Madras plague regulations in force outside the Presidency town - Volume 2
Disease focus: Plague
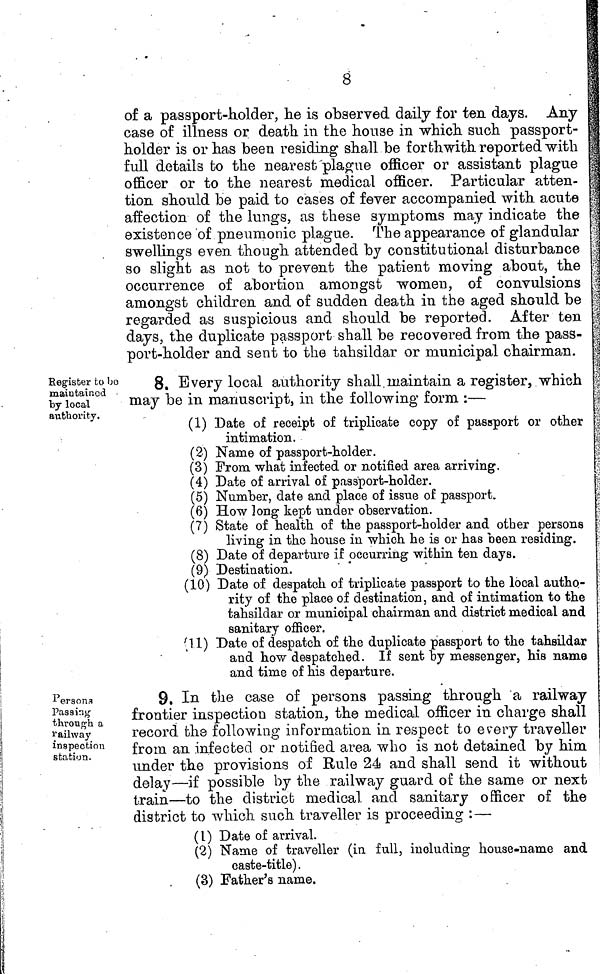
8
of a passport-holder, he is observed daily for ten days. Any
case of illness or death in the house in which such passport-
holder is or has been residing shall be forthwith reported "with
full details fco the nearest'plague officer or assistant plague
officer or to the nearest medical officer. Particular atten-
tion should be paid to cases of fever accompanied with acute
affection of the lungs, as these symptoms may indicate the
existence of pneumonic plague. The appearance of glandular
swellings even though attended by constitutional disturbance
so slight as not to prevent the patient moving about, the
occurrence of abortion amongst women, of convulsions
amongst children and of sudden death in the aged should be
regarded as suspicious and should be reported. After ten
days, the duplicate passport shall be recovered from the pass-
port-holder and sent to the tahsildar or municipal chairman.
Register to bo
maintained
by local
authority.
8. Every local authority shall.maintain a register, which
may be in manuscript, in the following form :—
(1) Date of receipt of triplicate copy of passport or other
intimation.
(2) Name of passport-holder.
(3) From what infected or notified area arriving.
(4) Date of arrival of passport-holder.
(5) Number, date and place of issue of passport.
(6) How long kept under observation.
(7) State of health of the passport-holder and other persons
living in the house in which he is or has been residing.
(8) Date of departure if occurring within ten days.
(9) Destination.
(10) Date of despatch of triplicate passport to the local autho-
rity of the place of destination, and of intimation to the
tahsildar or municipal chairman and district medical and
sanitary officer.
(11) Date of despatch of the duplicate passport to the tahsildar
and how despatched. If sent hy messenger, his name
and time of his departure.
Persons
Passing-
through a
railway
inspection
station.
9. In the case of persons passing through a railway
frontier inspection station, the medical officer in charge shall
record the following information in respect to every traveller
from an infected or notified area who is not detained by him
under the provisions of Rule 24 and shall send it without
delay—if possible by the railway guard of the same or next
train—to the district medical and sanitary officer of the
district to which such traveller is proceeding :—
(1) Date of arrival.
(2) Name of traveller (in full, including house-name and
caste-title).
(3) Father's name.